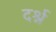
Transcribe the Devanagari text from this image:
दर्श्न